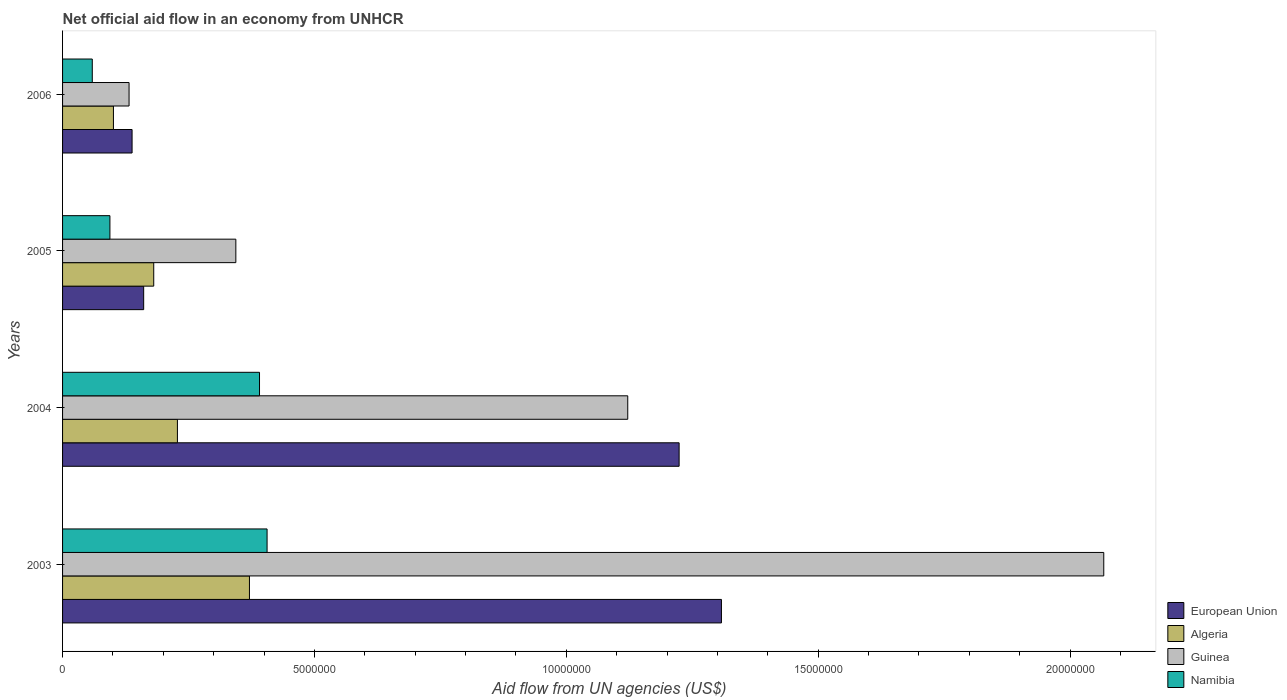
| Years | European Union | Algeria | Guinea | Namibia |
 | --- | --- | --- | --- | --- |
 | 2003 | 1.31e+07 | 3.71e+06 | 2.07e+07 | 4.06e+06 |
 | 2004 | 1.22e+07 | 2.28e+06 | 1.12e+07 | 3.91e+06 |
 | 2005 | 1.61e+06 | 1.81e+06 | 3.44e+06 | 9.4e+05 |
 | 2006 | 1.38e+06 | 1.01e+06 | 1.32e+06 | 5.9e+05 |